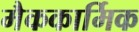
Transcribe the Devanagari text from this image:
मैककार्मिक